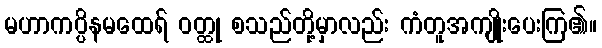
မဟာကပ္ပိနမထေရ် ဝတ္ထု စသည်တို့မှာလည်း ကံတူအကျိုးပေးကြ၏။